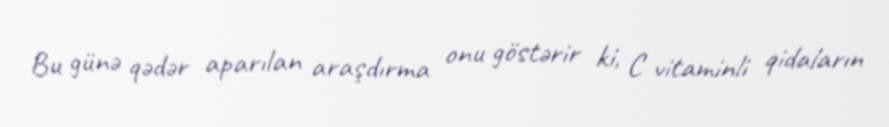
Bu günə qədər aparılan araşdırma onu göstərir ki, C vitaminli qidaların